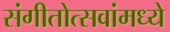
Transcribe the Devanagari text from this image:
संगीतोत्सवांमध्ये